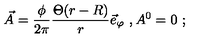
\vec { A } = \frac { \phi } { 2 \pi } \frac { \Theta ( r - R ) } { r } \vec { e } _ { \varphi } \ , A ^ { 0 } = 0 \ ;